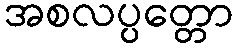
အစလပ္ပတ္တော